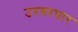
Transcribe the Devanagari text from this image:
उरवरपार